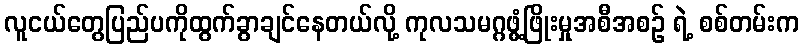
လူငယ်တွေပြည်ပကိုထွက်ခွာချင်နေတယ်လို့ ကုလသမဂ္ဂဖွံ့ဖြိုးမှုအစီအစဉ် ရဲ့ စစ်တမ်းက